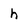
Character: h